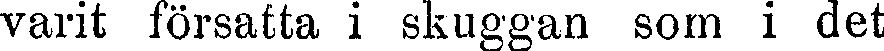
varit försatta i skuggan som i det